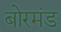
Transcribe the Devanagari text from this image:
बोरमंड